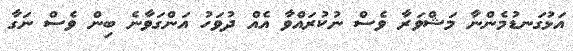
އަޅުގަނޑުމެންނާ މަޝްވަރާ ވެސް ނުކުރައްވާ އެއް ދުވަހު އަންގަވާނެ ބިން ވެސް ނަގާ